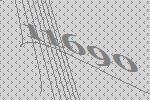
11690